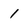
Character: 1